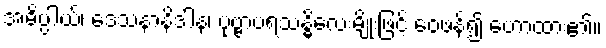
အဓိပ္ပါယ်၊ ဒေသနာနိဒါန၊ ပုဗ္ဗာပရသန္ဓိလေးမျိုးဖြင့် ဝေဖန်၍ ဟောထား၏။